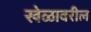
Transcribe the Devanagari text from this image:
खेळावरील